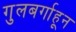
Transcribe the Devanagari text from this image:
गुलबर्गाहून